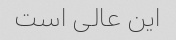
این عالی است